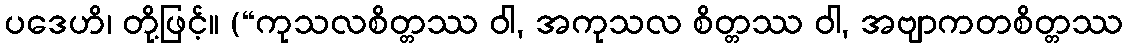
ပဒေဟိ၊ တို့ဖြင့်။ (“ကုသလစိတ္တဿ ဝါ, အကုသလ စိတ္တဿ ဝါ, အဗျာကတစိတ္တဿ